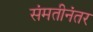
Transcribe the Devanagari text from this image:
संमतीनंतर